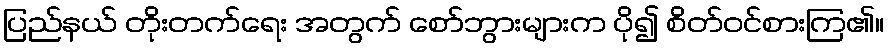
ပြည်နယ် တိုးတက်ရေး အတွက် စော်ဘွားများက ပို၍ စိတ်ဝင်စားကြ၏။